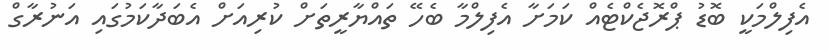
އެފިލްމަކީ ބޮޑު ޕްރޮޖެކްޓެއް ކަމަށާ އެފިލްމާ ބެހޭ ތައްޔާރީތަށް ކުރިއަށް އެބަދާކަމުގައި އަނުރާގް